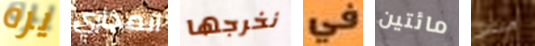
يره المجاري نخرجها في مائتين ميللر